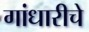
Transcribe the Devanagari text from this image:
गांधारीचे